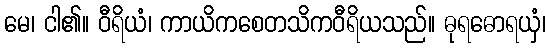
မေ၊ ငါ၏။ ဝီရိယံ၊ ကာယိကစေတသိကဝီရိယသည်။ ဓုရဓောရယှံ၊